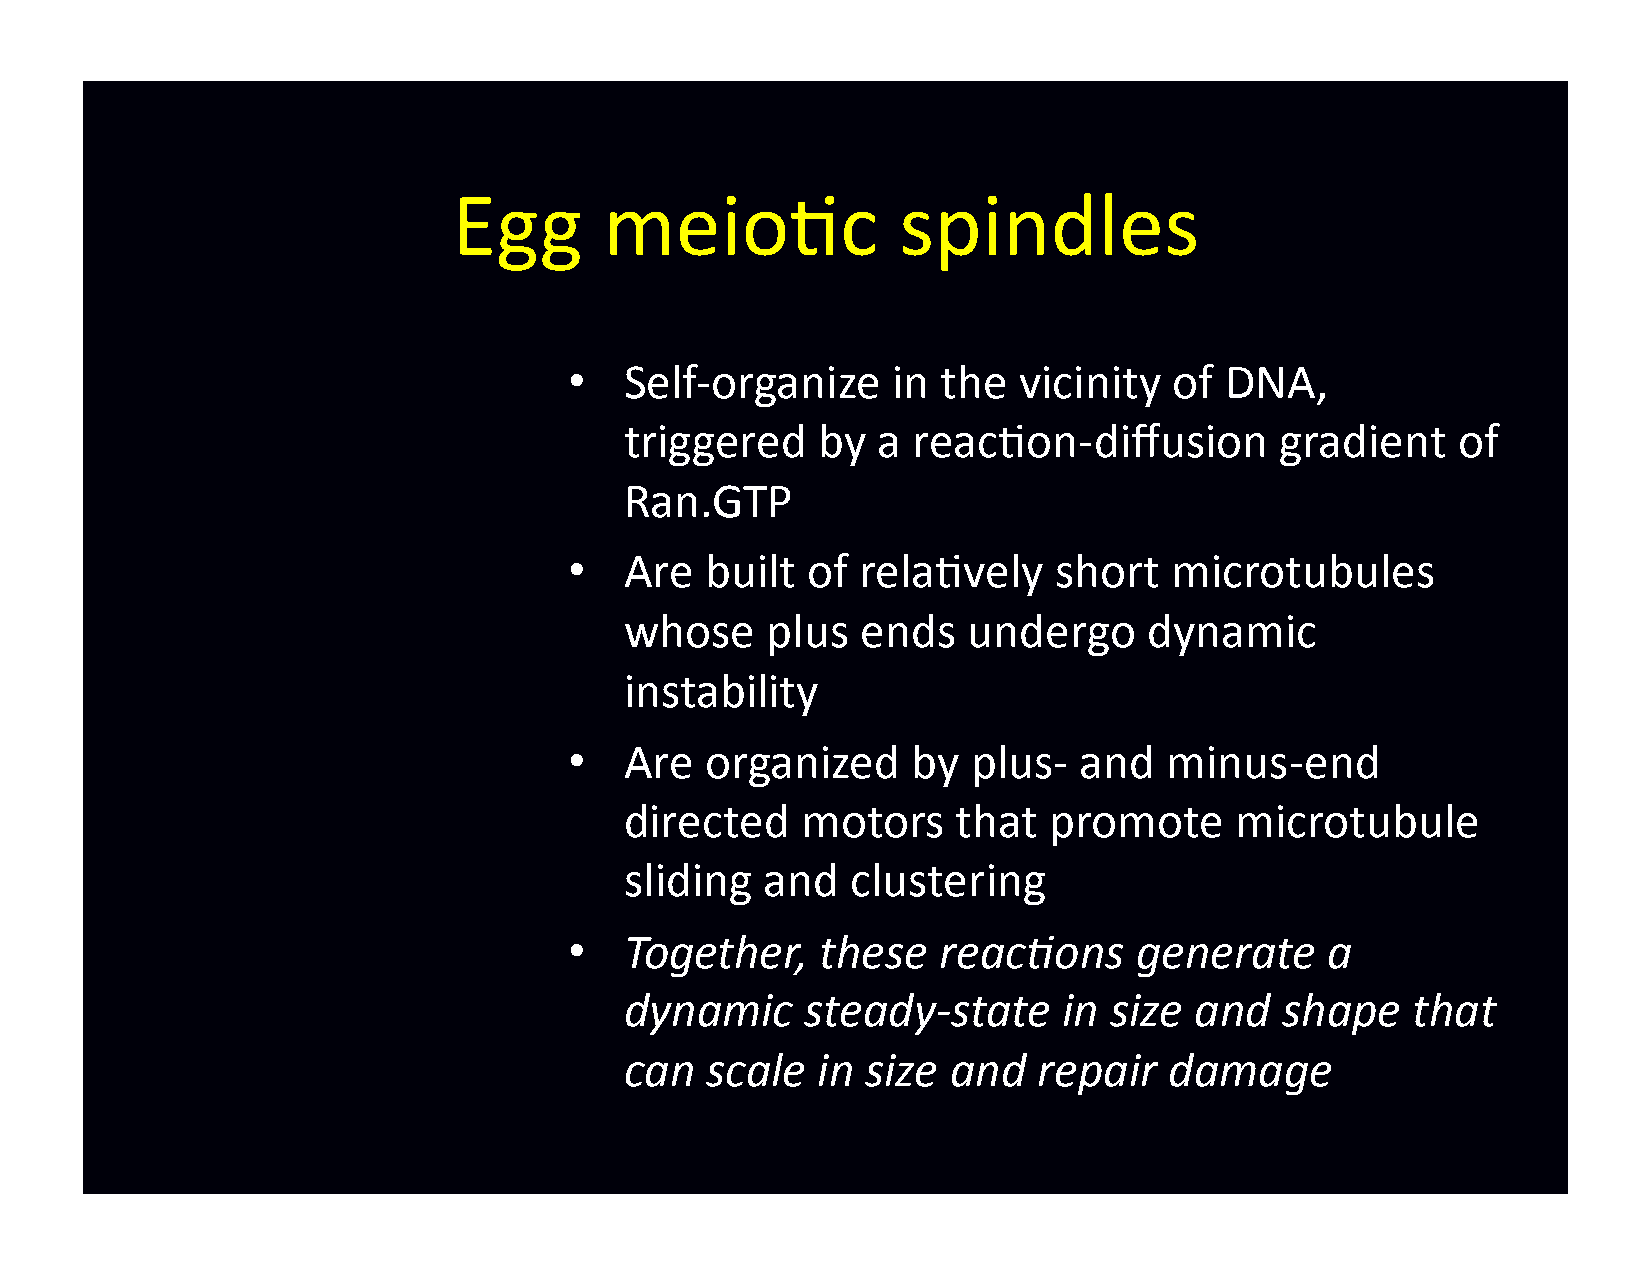
Egg       meio-c             spindles
 •  Self-­‐organize   in the  vicinity   of DNA,
 triggered    by  a reac-on-­‐diffusion      gradient   of
 Ran.GTP
 •  Are   built of  rela-vely    short   microtubules
 whose     plus  ends   undergo     dynamic
 instability
 •  Are   organized    by  plus-­‐ and  minus-­‐end
 directed    motors    that  promote      microtubule
 sliding   and  clustering
 •  Together,    these   reac-ons     generate     a
 dynamic     steady-­‐state   in size  and   shape   that
 can   scale  in size  and   repair  damage